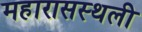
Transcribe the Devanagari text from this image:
महारासस्थली